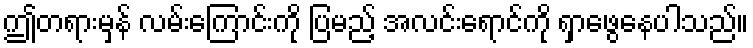
ဤတရားမှန် လမ်းကြောင်းကို ပြမည့် အလင်းရောင်ကို ရှာဖွေနေပါသည်။